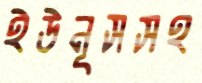
ইউনূসসহ